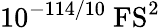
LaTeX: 10^{-114/10}~\mathrm{FS^{2}}